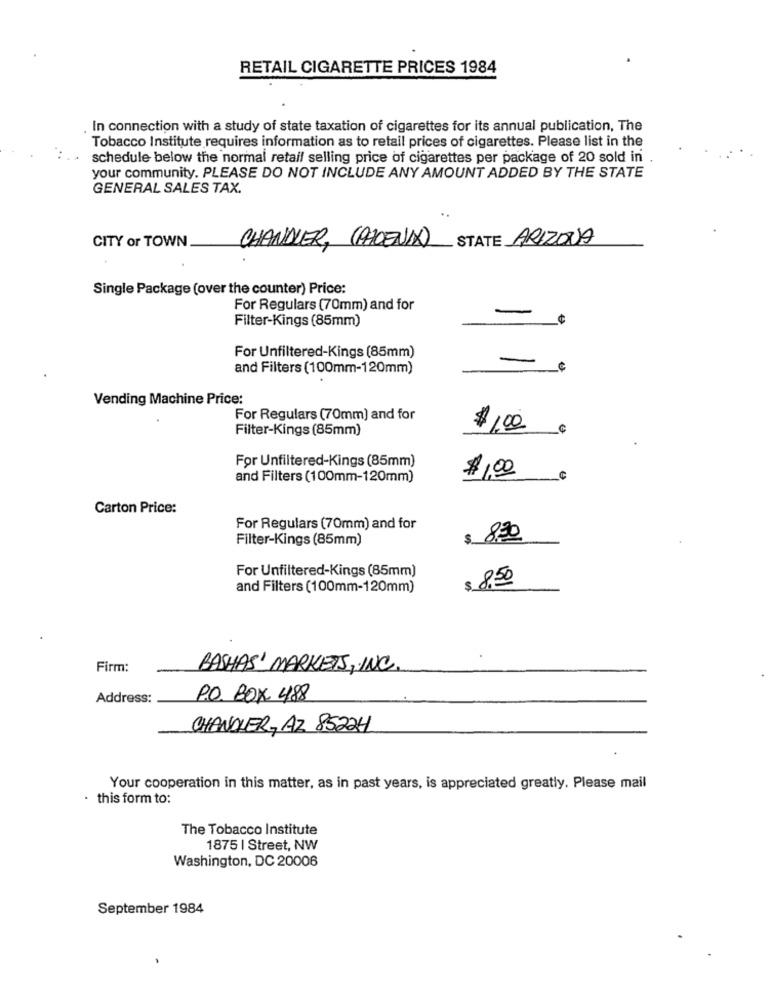
RETAIL CIGARETTE PRICES 1984
In connection with a study of state taxation of cigarettes for its annual publication, The
Tobacco Institute requires information as to retail prices of cigarettes. Please list in the
schedule below the normal retail selling price of cigarettes per package of 20 sold in
your community. PLEASE DO NOT INCLUDE ANY AMOUNT ADDED BY THE STATE
GENERAL SALES TAX.
CITY or TOWN
CHANDLER, (PHOENIX) STATE ARIZONA
Single Package (over the counter) Price:
For Regulars (70mm) and for
Filter-Kings (85mm)
For Unfiltered-Kings (85mm)
and Filters (100mm-120mm)
Vending Machine Price:
For Regulars (70mm) and for
Filter-Kings (85mm)
$ 100
For Unfiltered-Kings (85mm)
$ 100
and Filters (100mm-120mm)
Carton Price:
For Regulars (70mm) and for
Filter-Kings (85mm)
$
830
For Unfiltered-Kings (85mm)
$ 8,50
and Filters (100mm-120mm)
Firm:
BASHAS' MARKETS, INC.
Address:
P.O. BOX 488
CHANDLER, AZ 8522H
Your cooperation in this matter, as in past years, is appreciated greatly. Please mail
this form to:
The Tobacco Institute
1875 | Street, NW
Washington, DC 20006
September 1984